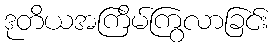
ဒုတိယအကြိမ်ကြွလာခြင်း